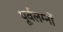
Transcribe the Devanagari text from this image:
पूर्वलग्नों